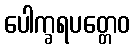
ပေါက္ခရပတ္တေဝ